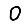
Digit: 0